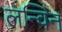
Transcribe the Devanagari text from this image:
लन्विन